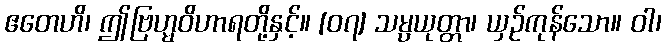
ဧတေဟိ၊ ဤဗြဟ္မဝိဟာရတို့နှင့်။ [၀၇] သမ္ပယုတ္တာ၊ ယှဉ်ကုန်သော။ ဝါ၊